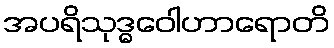
အပရိသုဒ္ဓဝေါဟာရောတိ